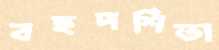
বহুদর্শিতা